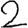
Digit: 2